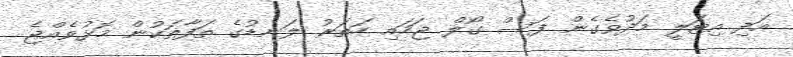
އަދި އިޓަލީ މަދުވެގެން ފަސް ގޯލް ޖަހައި ހަތަރު ލަނޑުގެ ތަފާތަކުން މޮޅުވެއްޖެ